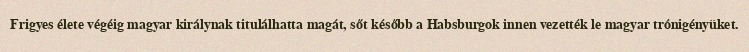
Frigyes élete végéig magyar királynak titulálhatta magát, sőt később a Habsburgok innen vezették le magyar trónigényüket.